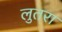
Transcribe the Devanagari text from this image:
लुतरा